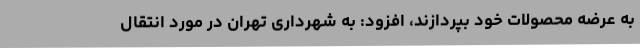
به عرضه محصولات خود بپردازند، افزود: به شهرداری تهران در مورد انتقال